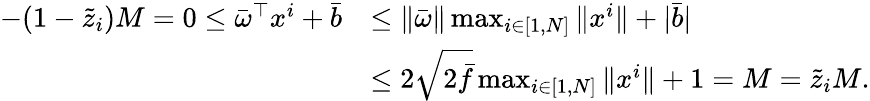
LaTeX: \begin{array}{rl}{-(1-\tilde{z}_{i})M=0\leq\bar{\omega}^{\top}x^{i}+\bar{b}}&{\leq\Vert\bar{\omega}\Vert\operatorname*{max}_{i\in[1,N]}\Vert x^{i}\Vert+\vert\bar{b}\vert}\\ &{\leq 2\sqrt{2\bar{f}}\operatorname*{max}_{i\in[1,N]}\Vert x^{i}\Vert+1=M=\tilde{z}_{i}M.}\end{array}